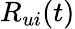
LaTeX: R_{ui}(t)